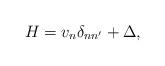
LaTeX: \begin{align*}H=v_n\delta_{nn'}+\Delta,\end{align*}